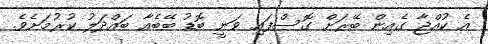
އެ ކުއްޖާ ގެއިން ބޭރަށް ގޮސްފައި ވަނީ ބޮޑު ބޭބެއާ ބައްދަލު ކުރުމަށެވެ.